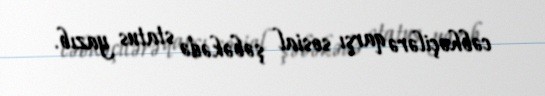
cəbhəçilərə qarşı sosial şəbəkədə status yazıb.